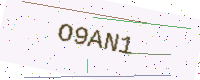
Text: O9AN1